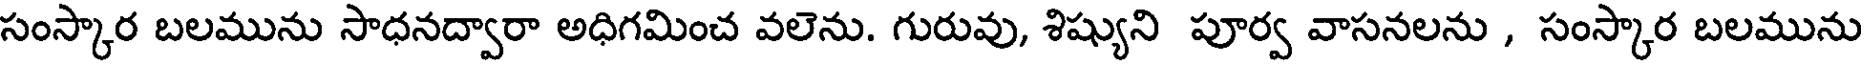
సంస్కార బలమును సాధనద్వారా అధిగమించ వలెను. గురువు, శిష్యుని పూర్వ వాసనలను , సంస్కార బలమును